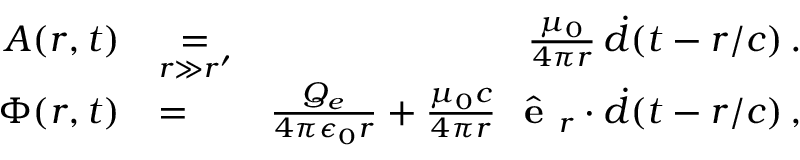
\begin{array} { r l r } { \boldsymbol { A } ( \boldsymbol { r } , t ) } & { \underset { r \gg r ^ { \prime } } { = } } & { \frac { \mu _ { 0 } } { 4 \pi r } \, \boldsymbol { \dot { d } } ( t - r / c ) \, . } \\ { \Phi ( \boldsymbol { r } , t ) } & { = } & { \frac { Q _ { e } } { 4 \pi \epsilon _ { 0 } r } + \frac { \mu _ { 0 } c } { 4 \pi r } \, \, \hat { \mathrm { \textbf { e } } } _ { r } \cdot \boldsymbol { \dot { d } } ( t - r / c ) \, , } \end{array}